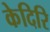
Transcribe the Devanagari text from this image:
केदिरि